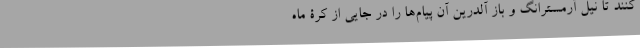
کنند تا نیل آرمسترانگ و باز آلدرین آن پیام‌ها را در جایی از کرۀ ماه